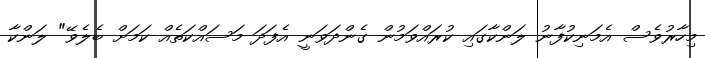
މިހާރުވެސް އެމަނިކުފާނު ލަންކާގައި ކުރައްވަމުން ގެންދަވަނީ އެފަދަ މަސައްކަތެއް ކަމަށް ބެލެވޭ" ލަންކާ